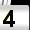
Digit: 4